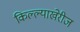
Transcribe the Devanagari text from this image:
किल्ल्याखेरीज